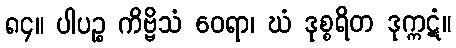
၈၄။ ပါပဉ္စ ကိဗ္ဗိသံ ဝေရာ၊ ဃံ ဒုစ္စရိတ ဒုက္ကဋံ။